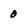
Character: 0